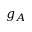
g _ { A }